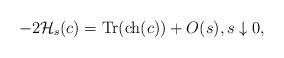
LaTeX: \begin{align*} -2\mathcal{H}_s(c) = \mathrm{Tr}(\mathrm{ch}(c))+O(s),s\downarrow0, \end{align*}